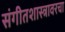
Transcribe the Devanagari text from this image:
संगीतशास्त्रावरचा